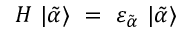
H \ | \tilde { \alpha } \rangle ~ = ~ \varepsilon _ { \tilde { \alpha } } \ | \tilde { \alpha } \rangle